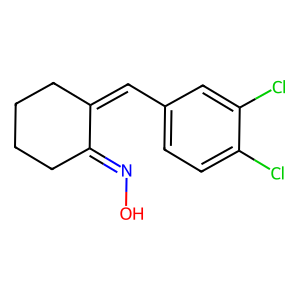
SMILES: ON=C1CCCCC1=Cc1ccc(Cl)c(Cl)c1
Inhibits HIV replication: No